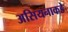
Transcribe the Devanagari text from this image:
असियनाकडे